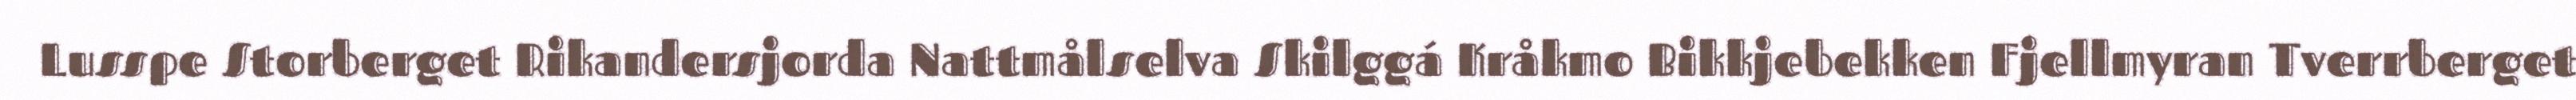
Lusspe Storberget Rikandersjorda Nattmålselva Skilggá Kråkmo Bikkjebekken Fjellmyran Tverrberget